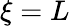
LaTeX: \xi=L